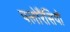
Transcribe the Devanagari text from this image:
फ्लोरैंसियो